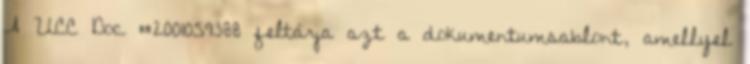
A UCC Doc #2001059388 feltárja azt a dokumentumsablont, amellyel